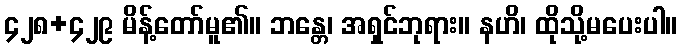
၄၂၈+၄၂၉ မိန့်တော်မူ၏။ ဘန္တေ၊ အရှင်ဘုရား။ နဟိ၊ ထိုသို့မပေးပါ။